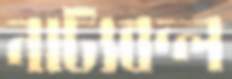
নাট্যবন্ল